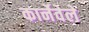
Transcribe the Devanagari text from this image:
कार्नेवेले